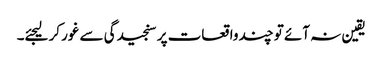
یقین نہ آئے تو چند واقعات پر سنجیدگی سے غور کرلیجئے۔